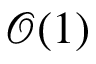
\mathcal { O } ( 1 )